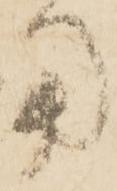
用